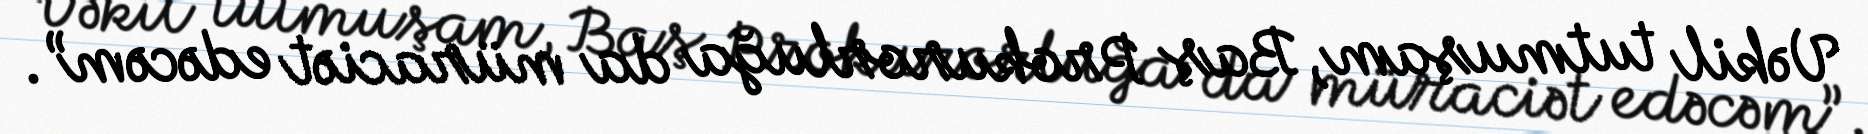
Vəkil tutmuşam, Baş Prokurorluğa da müraciət edəcəm”.